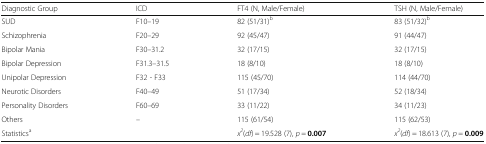
| Diagnostic Group | ICD | FT4 (N, Male/Female) | TSH (N, Male/Female) |
 | --- | --- | --- | --- |
 | SUD | F10–19 | 82 (51/31)b | 83 (51/32)b |
 | Schizophrenia | F20–29 | 92 (45/47) | 91 (44/47) |
 | Bipolar Mania | F30–31.2 | 32 (17/15) | 32 (17/15) |
 | Bipolar Depression | F31.3–31.5 | 18 (8/10) | 18 (8/10) |
 | Unipolar Depression | F32 - F33 | 115 (45/70) | 114 (44/70) |
 | Neurotic Disorders | F40–49 | 51 (17/34) | 52 (18/34) |
 | Personality Disorders | F60–69 | 33 (11/22) | 34 (11/23) |
 | Others | – | 115 (61/54) | 115 (62/53) |
 | Statisticsa |  | x2(df) = 19.528 (7), p = 0.007 | x2(df) = 18.613 (7), p = 0.009 |